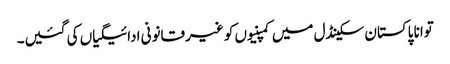
توانا پاکستان سکینڈل میں کمپنیوں کو غیرقانونی ادائیگیاں کی گئیں۔